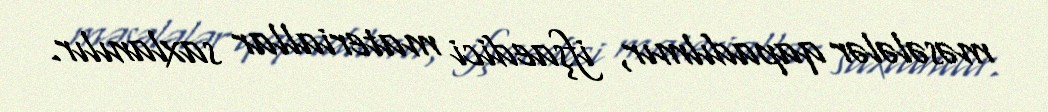
məsələlər qapadılmır, ifşaedici materiallar saxlanılır.